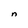
Character: n